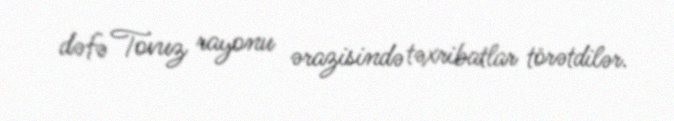
dəfə Tovuz rayonu ərazisində təxribatlar törətdilər.